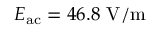
E _ { \mathrm { a c } } = 4 6 . 8 ~ \mathrm { V / m }